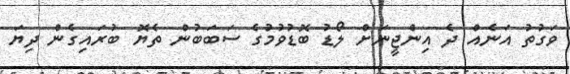
ވަގުތު އަނެއް ދެ އިންޖީނަށް ލޯޑު ބޮޑުވުމުގެ ސަބަބުން ތެޔޮ ބުރައިގެން ދިޔަ